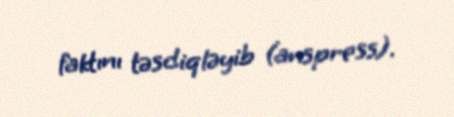
faktını təsdiqləyib (anspress).